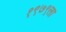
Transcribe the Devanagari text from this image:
१९७९ला